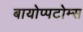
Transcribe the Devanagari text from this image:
बायोप्पटोम्स